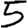
Digit: 5